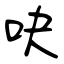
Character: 吷